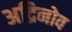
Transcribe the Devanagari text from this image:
अद्रिनोव